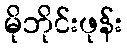
မိုဘိုင်းဖုန်း